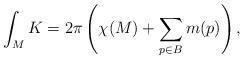
LaTeX: \begin{align*} \int_M K = 2\pi \left(\chi(M) + \sum_{p\in B} m(p)\right),\end{align*}